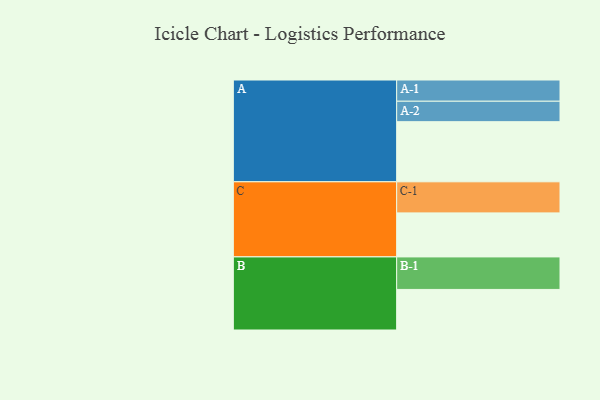
{"axis": {"x": "Segment", "y": "Value"}, "legend": ["", "A", "B", "C"], "data": [{"x": "A", "y": 538, "type": ""}, {"x": "B", "y": 363, "type": ""}, {"x": "C", "y": 394, "type": ""}, {"x": "A-1", "y": 190, "type": "A"}, {"x": "A-2", "y": 183, "type": "A"}, {"x": "B-1", "y": 291, "type": "B"}, {"x": "C-1", "y": 278, "type": "C"}]}